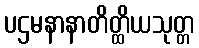
ပဌမနာနာတိတ္ထိယသုတ္တ